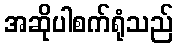
အဆိုပါစက်ရုံသည်